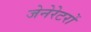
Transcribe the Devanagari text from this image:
जेनेरेटरों